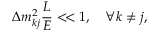
\Delta m _ { k j } ^ { 2 } \frac { L } { E } < \! < 1 , \quad \forall k \neq j ,